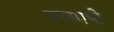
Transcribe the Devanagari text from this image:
एचएपी